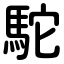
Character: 駝